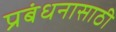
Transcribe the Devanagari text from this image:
प्रबंधनासाठी